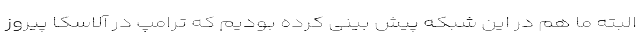
البته ما هم در این شبکه پیش بینی کرده بودیم که ترامپ در آلاسکا پیروز